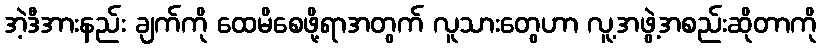
အဲ့ဒီအားနည်း ချက်ကို ထေမိစေဖို့ရာအတွက် လူသားတွေဟာ လူ့အဖွဲ့အစည်းဆိုတာကို